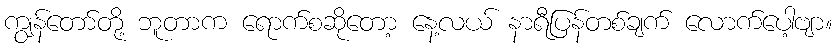
ကျွန်တော်တို့ ဘူတာက ရောက်စဆိုတော့ နေ့လယ် နာရီပြန်တစ်ချက် လောက်ပေါ့ဗျာ။